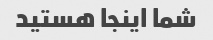
شما اینجا هستید